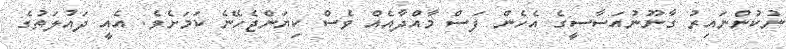
ނުކުންނައިރު ގާނޫނުއަސާސީގެ އެހެން ފަސް މާއްދާއެއް ވެސް ކިޔަންޖެހޭނެ ކަމަށެވެ. އެއީ ދައުލަތުގެ